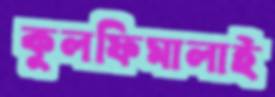
কুলফিমালাই